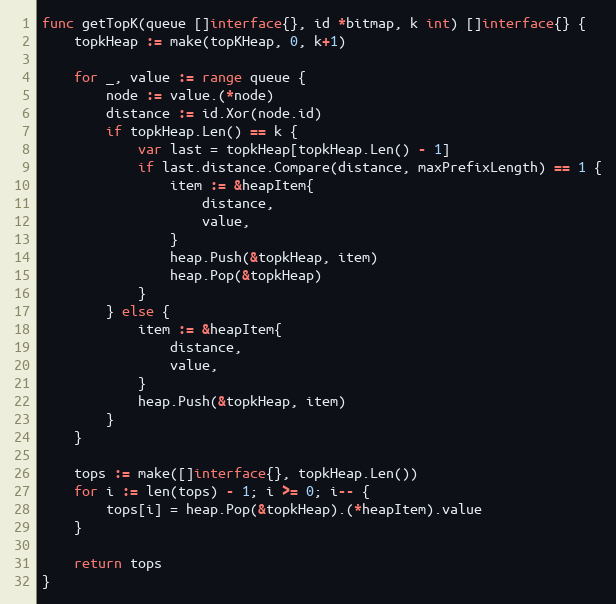
Language: Go
func getTopK(queue []interface{}, id *bitmap, k int) []interface{} {
	topkHeap := make(topKHeap, 0, k+1)

	for _, value := range queue {
		node := value.(*node)
		distance := id.Xor(node.id)
		if topkHeap.Len() == k {
			var last = topkHeap[topkHeap.Len() - 1]
			if last.distance.Compare(distance, maxPrefixLength) == 1 {
				item := &heapItem{
					distance,
					value,
				}
				heap.Push(&topkHeap, item)
				heap.Pop(&topkHeap)
			}
		} else {
			item := &heapItem{
				distance,
				value,
			}
			heap.Push(&topkHeap, item)
		}
	}

	tops := make([]interface{}, topkHeap.Len())
	for i := len(tops) - 1; i >= 0; i-- {
		tops[i] = heap.Pop(&topkHeap).(*heapItem).value
	}

	return tops
}